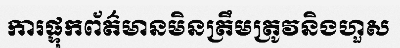
ការផ្ទុកព័ត៌មានមិនត្រឹមត្រូវនិងហួស